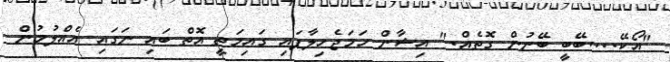
"އޯކޭ....ބޭބީ ބޭނުން ގޮތެއް." އިޝާން ހަމަޖެހިލާފައި ގައިމަތީ އޮތް ބައި ނަގައި އެއްލުމުން